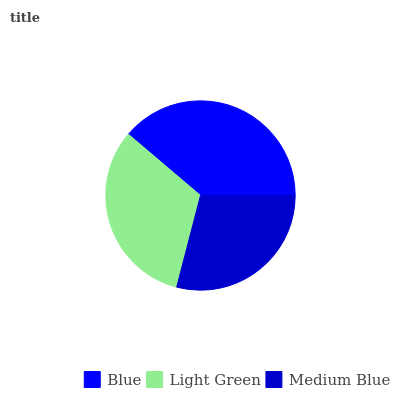
| Blue | Light Green | Medium Blue |
 | --- | --- | --- |
 | 38.9% | 32.2% | 29% |